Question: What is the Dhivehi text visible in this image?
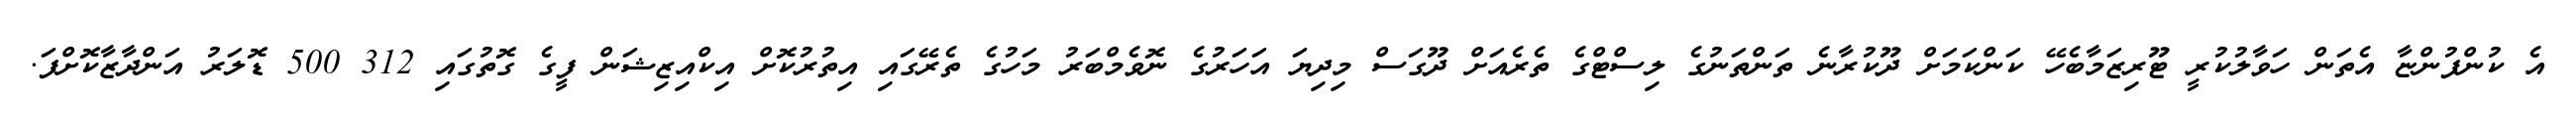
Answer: އެ ކުންފުންޏާ އެތަން ހަވާލުކުރީ ޓޫރިޒަމާބެހޭ ކަންކަމަށް ދޫކުރާނެ ތަންތަނުގެ ލިސްޓްގެ ތެރެއަށް ދޫގަސް މިދިޔަ އަހަރުގެ ނޮވެމްބަރު މަހުގެ ތެރޭގައި އިތުރުކޮށް އިކްއިޒިޝަން ފީގެ ގޮތުގައި 312 500 ޑޮލަރު އަންދާޒާކޮށްފަ.